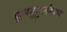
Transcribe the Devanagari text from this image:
शुभमुहूर्तावरच